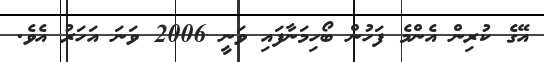
އޭގެ ކުރިން އެންމެ ފަހުން ބޯހިމަނާފައި ވަނީ 2006 ވަނަ އަހަރު އެވެ.